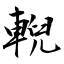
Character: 輗